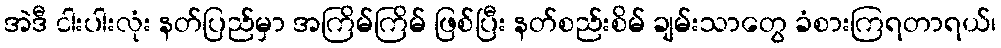
အဲဒီ ငါးပါးလုံး နတ်ပြည်မှာ အကြိမ်ကြိမ် ဖြစ်ပြီး နတ်စည်းစိမ် ချမ်းသာတွေ ခံစားကြရတာရယ်၊